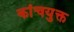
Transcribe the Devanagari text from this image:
कांचयुक्त